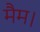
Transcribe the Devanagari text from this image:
मैम।